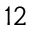
^ { 1 2 }